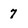
Character: 7